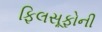
ફિલસૂફોની